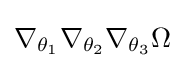
\nabla _{\theta _{1}}\nabla _{\theta _{2}}\nabla _{\theta _{3}}\Omega